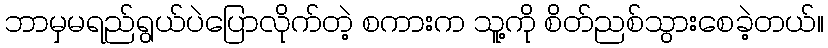
ဘာမှမရည်ရွယ်ပဲပြောလိုက်တဲ့ စကားက သူ့ကို စိတ်ညစ်သွားစေခဲ့တယ်။